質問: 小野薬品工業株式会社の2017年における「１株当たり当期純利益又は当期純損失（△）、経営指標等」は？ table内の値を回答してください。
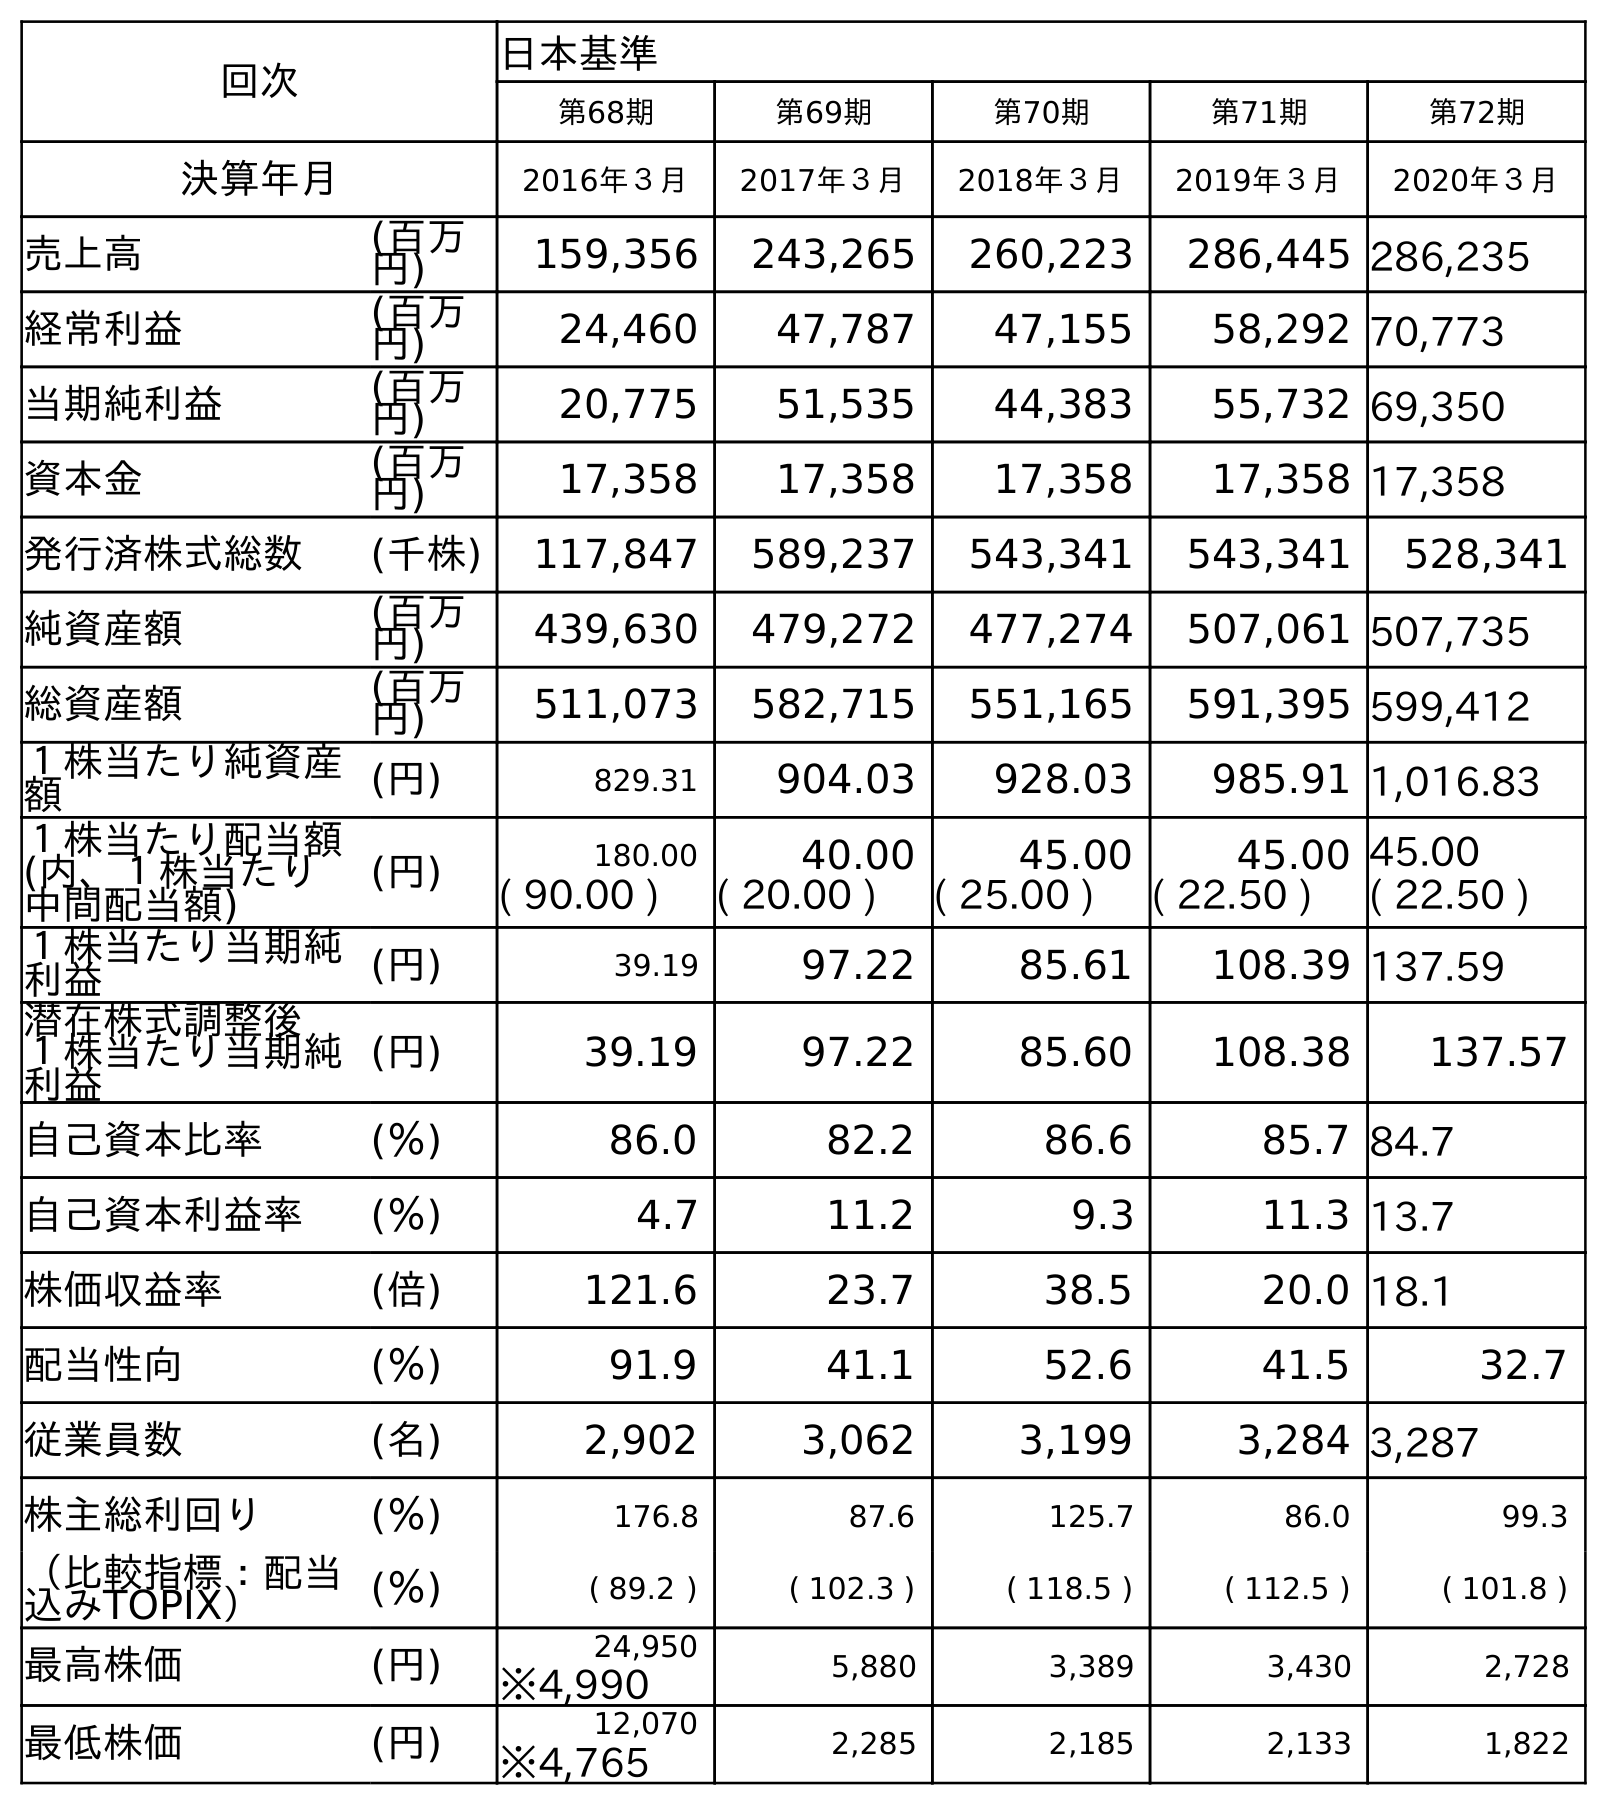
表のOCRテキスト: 回次 日本基準 第68期 第69期 第70期 第71期 第72期 決算年月 2016年３月 2017年３月 2018年３月 2019年３月 2020年３月 売上高 (百万 円) 159,356 243,265 260,223 286,445 286,235 経常利益 (百万 円) 24,460 47,787 47,155 58,292 70,773 当期純利益 (百万 円) 20,775 51,535 44,383 55,732 69,350 資本金 (百万 円) 17,358 17,358 17,358 17,358 17,358 発行済株式総数 (千株) 117,847 589,237 543,341 543,341 528,341 純資産額 (百万 円) 439,630 479,272 477,274 507,061 507,735 総資産額 (百万 円) 511,073 582,715 551,165 591,395 599,412 １株当たり純資産 額 (円) 829.31 904.03 928.03 985.91 1,016.83 １株当たり配当額 (内、１株当たり 中間配当額) (円) 180.00 40.00 45.00 45.00 45.00 ( 90.00 ) ( 20.00 ) ( 25.00 ) ( 22.50 ) ( 22.50 ) １株当たり当期純 利益 (円) 39.19 97.22 85.61 108.39 137.59 潜在株式調整後 １株当たり当期純 利益 (円) 39.19 97.22 85.60 108.38 137.57 自己資本比率 (％) 86.0 82.2 86.6 85.7 84.7 自己資本利益率 (％) 4.7 11.2 9.3 11.3 13.7 株価収益率 (倍) 121.6 23.7 38.5 20.0 18.1 配当性向 (％) 91.9 41.1 52.6 41.5 32.7 従業員数 (名) 2,902 3,062 3,199 3,284 3,287 株主総利回り (％) 176.8 87.6 125.7 86.0 99.3 （比較指標：配当 込みTOPIX） (％) ( 89.2 ) ( 102.3 ) ( 118.5 ) ( 112.5 ) ( 101.8 ) 最高株価 (円) 24,950 5,880 3,389 3,430 2,728 ※4,990 最低株価 (円) 12,070 2,285 2,185 2,133 1,822 ※4,765
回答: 97.22